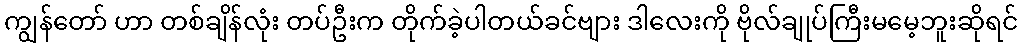
ကျွန်တော် ဟာ တစ်ချိန်လုံး တပ်ဦးက တိုက်ခဲ့ပါတယ်ခင်ဗျား ဒါလေးကို ဗိုလ်ချုပ်ကြီးမမေ့ဘူးဆိုရင်